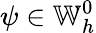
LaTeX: \psi\in\mathbb{W}_{h}^{0}